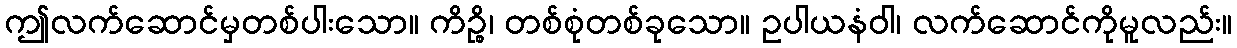
ဤလက်ဆောင်မှတစ်ပါးသော။ ကိဉ္စိ၊ တစ်စုံတစ်ခုသော။ ဥပါယနံဝါ၊ လက်ဆောင်ကိုမူလည်း။